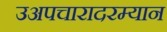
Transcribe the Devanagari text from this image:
उअपचारादरम्यान